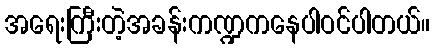
အရေးကြီးတဲ့အခန်းကဏ္ဍကနေပါဝင်ပါတယ်။